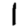
Digit: 1